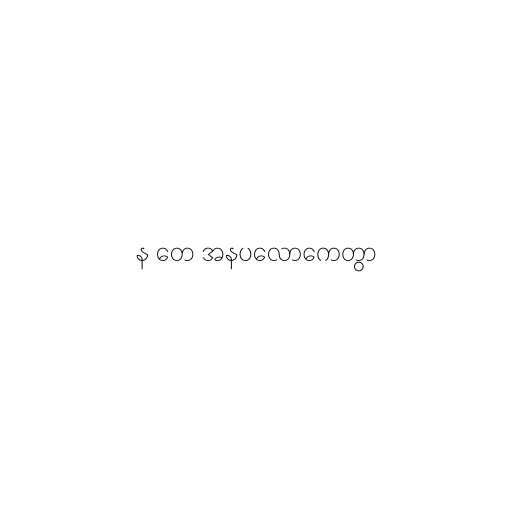
န တေ အနပလောကေတွာ